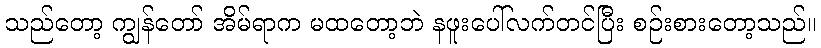
သည်တော့ ကျွန်တော် အိမ်ရာက မထတော့ဘဲ နဖူးပေါ်လက်တင်ပြီး စဉ်းစားတော့သည်။